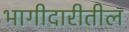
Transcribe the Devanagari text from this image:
भागीदारीतील